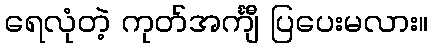
ရေလုံတဲ့ ကုတ်အင်္ကျီ ပြပေးမလား။